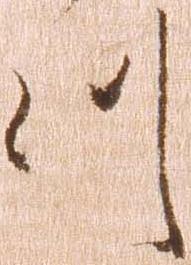
つ